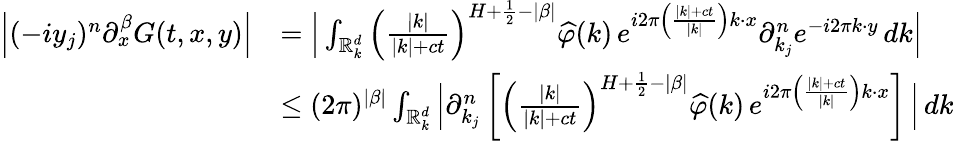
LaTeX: \begin{array}{rl}{\Big|(-iy_{j})^{n}{\partial}_{x}^{\beta}G(t,x,y)\Big|}&{=\Big|\int_{\mathbb R_{k}^{d}}\left(\frac{|k|}{|k|+ct}\right)^{H+\frac{1}{2}-|\beta|}\widehat{\varphi}(k)\, e^{i2\pi\left(\frac{|k|+ct}{|k|}\right)k\cdot x}{\partial}_{k_{j}}^{n}e^{-i2\pi k\cdot y}\, dk\Big|}\\ &{\leq(2\pi)^{|\beta|}\int_{\mathbb R_{k}^{d}}\Big|{\partial}_{k_{j}}^{n}\left[\left(\frac{|k|}{|k|+ct}\right)^{H+\frac{1}{2}-|\beta|}\widehat{\varphi}(k)\, e^{i2\pi\left(\frac{|k|+ct}{|k|}\right)k\cdot x}\right]\, \Big|\, dk}\end{array}